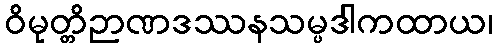
ဝိမုတ္တိဉာဏဒဿနသမ္ပဒါကထာယ၊